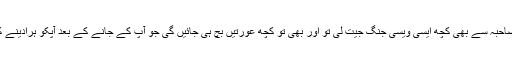
اگر تسلیمہ نسرين صاحبہ سے بھی کچھ ایسی ویسی جنگ جیت لی تو اور بھی تو کچھ عورتیں بچ ہی جائیں گی جو آپ کے جانے کے بعد آپکو ہرادینے کی دعویدار ہونگی ۔